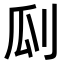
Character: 𠛒